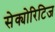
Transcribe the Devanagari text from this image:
सेक्योरिटिज